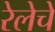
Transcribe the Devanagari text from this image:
रेलेचे